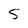
Character: 5